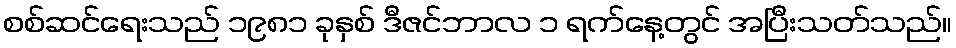
စစ်ဆင်ရေးသည် ၁၉၈၁ ခုနှစ် ဒီဇင်ဘာလ ၁ ရက်နေ့တွင် အပြီးသတ်သည်။